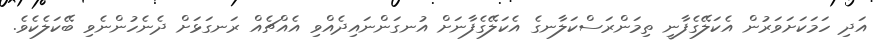
އަދި ހަމަކަށަވަރުން އެކަލޭގެފާނީ ތިމަންރަސްކަލާނގެ އެކަލޭގެފާނަށް އުނގަންނައިދެއްވި އެއްޗެއް ރަނގަޅަށް ދެނެހުންނެވި ބޭކަލެކެވެ.